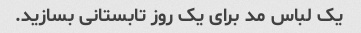
یک لباس مد برای یک روز تابستانی بسازید.